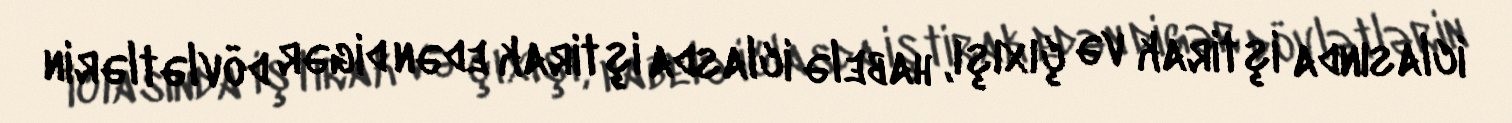
iclasında iştirak və çıxışı, habelə iclasda iştirak edən digər dövlətlərin